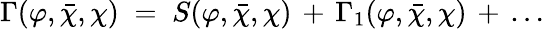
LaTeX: \Gamma(\varphi,{\bar{\chi}},\chi)\; =\; S(\varphi,{\bar{\chi}},\chi)\, +\, \Gamma_{1}(\varphi,{\bar{\chi}},\chi)\, +\, \ldots